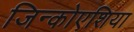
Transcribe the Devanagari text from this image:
जिन्कोएशिया